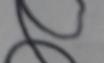
Signature authenticity: forged